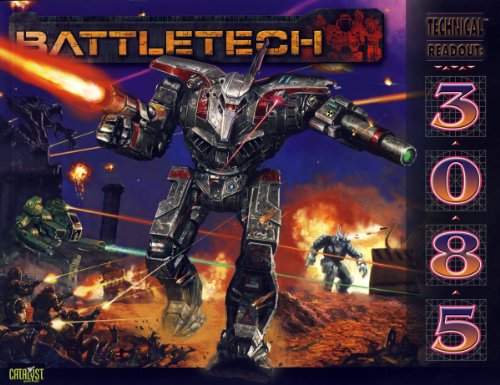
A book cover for Battletech Technical Readout 3085; Science Fiction & Fantasy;